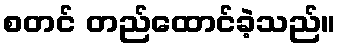
စတင် တည်ထောင်ခဲ့သည်။